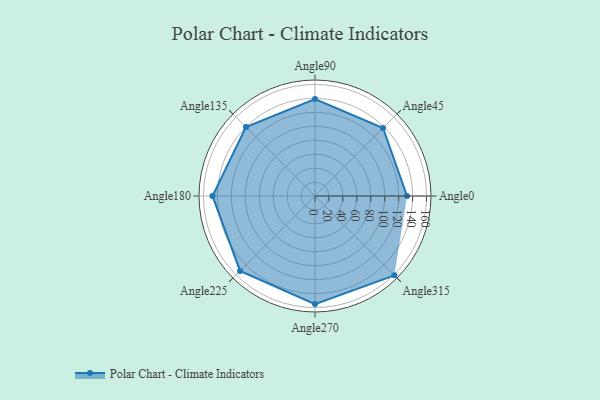
{"axis": {"x": "Angle", "y": "Radius"}, "legend": [""], "data": [{"x": "Angle0", "y": 132.0, "type": ""}, {"x": "Angle45", "y": 138.0, "type": ""}, {"x": "Angle90", "y": 139.0, "type": ""}, {"x": "Angle135", "y": 140.0, "type": ""}, {"x": "Angle180", "y": 147.0, "type": ""}, {"x": "Angle225", "y": 152.0, "type": ""}, {"x": "Angle270", "y": 155.0, "type": ""}, {"x": "Angle315", "y": 161.0, "type": ""}]}